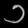
Digit: ၁